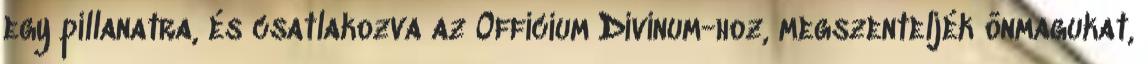
egy pillanatra, és csatlakozva az Officium Divinum-hoz, megszenteljék önmagukat,